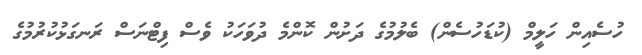
ހުސެއިން ހަލީމް (ކުޑަހުސެން) ބެލުމުގެ ދަށުން ކޮންމެ ދުވަހަކު ވެސް ފިޓްނަސް ރަނގަޅުކުރުމުގެ